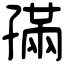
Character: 𡦖